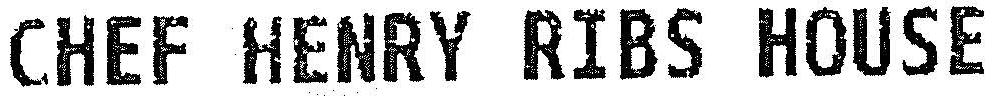
CHEF HENRY RIBS HOUSE